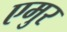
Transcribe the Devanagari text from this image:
एमुर